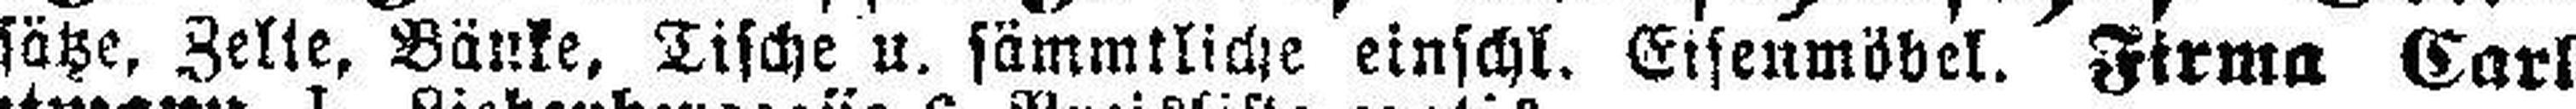
sätze, Zelle, Bänke, Tische u. sämmtliche einschl. Eisenmöbel. Firma Carl